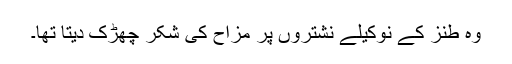
وہ طنز کے نوکیلے نشتروں پر مزاح کی شکر چھڑک دیتا تھا۔